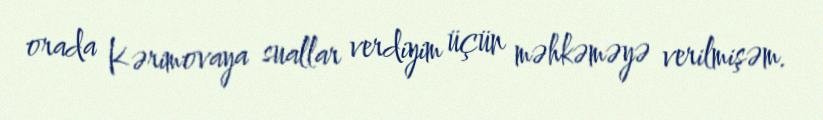
orada Kərimovaya suallar verdiyim üçün məhkəməyə verilmişəm.